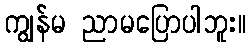
ကျွန်မ ညာမပြောပါဘူး။